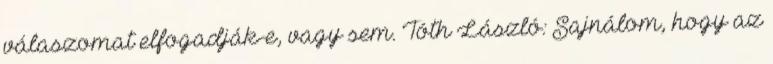
válaszomat elfogadják-e, vagy sem. Tóth László: Sajnálom, hogy az